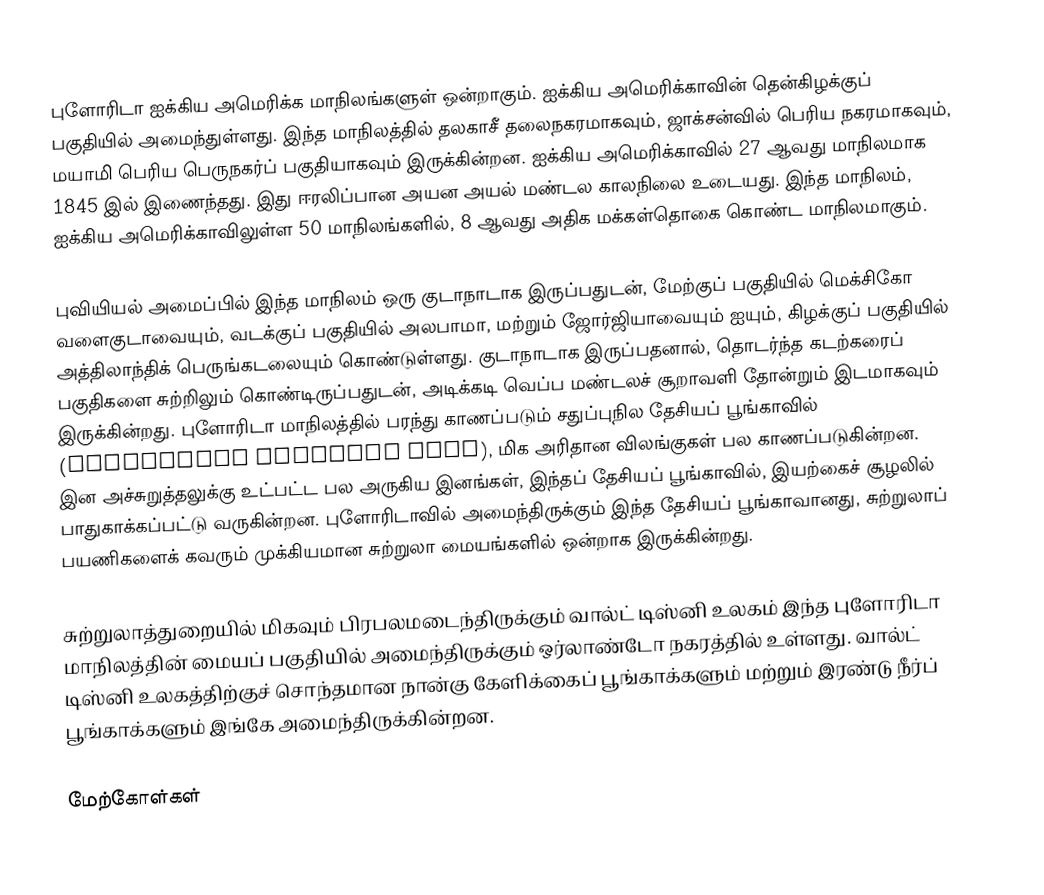
புளோரிடா ஐக்கிய அமெரிக்க மாநிலங்களுள் ஒன்றாகும். ஐக்கிய அமெரிக்காவின் தென்கிழக்குப் பகுதியில் அமைந்துள்ளது. இந்த மாநிலத்தில் தலகாசீ தலைநகரமாகவும், ஜாக்சன்வில் பெரிய நகரமாகவும், மயாமி பெரிய பெருநகர்ப் பகுதியாகவும் இருக்கின்றன. ஐக்கிய அமெரிக்காவில் 27 ஆவது மாநிலமாக 1845 இல் இணைந்தது. இது ஈரலிப்பான அயன அயல் மண்டல காலநிலை உடையது. இந்த மாநிலம், ஐக்கிய அமெரிக்காவிலுள்ள 50 மாநிலங்களில், 8 ஆவது அதிக மக்கள்தொகை கொண்ட மாநிலமாகும்.

புவியியல் அமைப்பில் இந்த மாநிலம் ஒரு குடாநாடாக இருப்பதுடன், மேற்குப் பகுதியில் மெக்சிகோ வளைகுடாவையும், வடக்குப் பகுதியில் அலபாமா, மற்றும் ஜோர்ஜியாவையும் ஐயும், கிழக்குப் பகுதியில் அத்திலாந்திக் பெருங்கடலையும் கொண்டுள்ளது. குடாநாடாக இருப்பதனால், தொடர்ந்த கடற்கரைப் பகுதிகளை சுற்றிலும் கொண்டிருப்பதுடன், அடிக்கடி வெப்ப மண்டலச் சூறாவளி தோன்றும் இடமாகவும் இருக்கின்றது. புளோரிடா மாநிலத்தில் பரந்து காணப்படும் சதுப்புநில தேசியப் பூங்காவில் (Everglades National Park), மிக அரிதான விலங்குகள் பல காணப்படுகின்றன. இன அச்சுறுத்தலுக்கு உட்பட்ட பல அருகிய இனங்கள், இந்தப் தேசியப் பூங்காவில், இயற்கைச் சூழலில் பாதுகாக்கப்பட்டு வருகின்றன. புளோரிடாவில் அமைந்திருக்கும் இந்த தேசியப் பூங்காவானது, சுற்றுலாப் பயணிகளைக் கவரும் முக்கியமான சுற்றுலா  மையங்களில் ஒன்றாக இருக்கின்றது.

சுற்றுலாத்துறையில் மிகவும் பிரபலமடைந்திருக்கும் வால்ட் டிஸ்னி உலகம் இந்த புளோரிடா மாநிலத்தின் மையப் பகுதியில் அமைந்திருக்கும் ஒர்லாண்டோ நகரத்தில் உள்ளது. வால்ட் டிஸ்னி உலகத்திற்குச் சொந்தமான நான்கு கேளிக்கைப் பூங்காக்களும் மற்றும் இரண்டு நீர்ப் பூங்காக்களும் இங்கே அமைந்திருக்கின்றன.

மேற்கோள்கள்